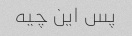
پس این چیه